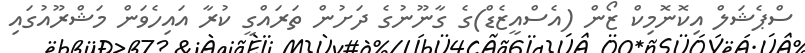
ސްޕެޝަލް އިކޮނޮމިކް ޒޯން (އެސްއީޒެޑް)ގެ ގާނޫނުގެ ދަށުން ތަރައްގީ ކުރާ އައިހެވަން މަަޝްރޫއުގައި